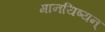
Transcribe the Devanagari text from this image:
मानयिष्यन्